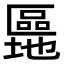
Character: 𫧜